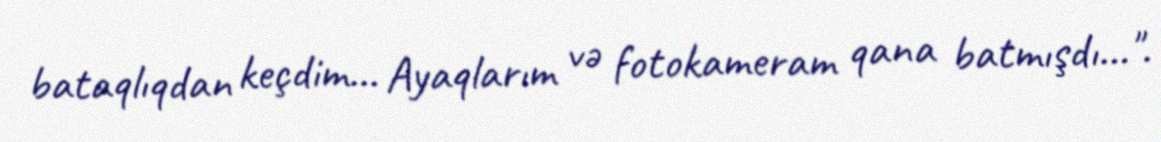
bataqlıqdan keçdim... Ayaqlarım və fotokameram qana batmışdı...".